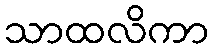
သာထလိကာ